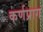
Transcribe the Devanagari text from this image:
कर्णप्राग